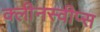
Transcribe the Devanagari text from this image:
क्लीनस्वीप्स